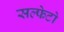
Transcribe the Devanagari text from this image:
सल्फेटो